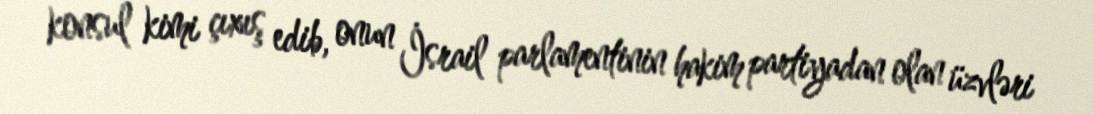
konsul kimi çıxış edib, onun İsrail parlamentinin hakim partiyadan olan üzvləri